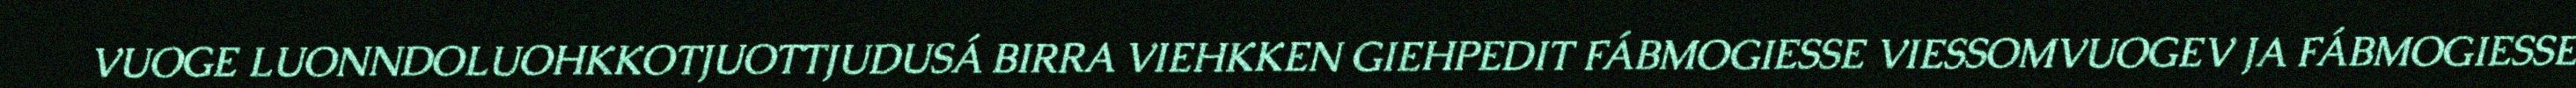
VUOGE LUONNDOLUOHKKOTJUOTTJUDUSÁ BIRRA VIEHKKEN GIEHPEDIT FÁBMOGIESSE VIESSOMVUOGEV JA FÁBMOGIESSE